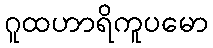
ဂူထဟာရိကူပမော